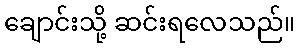
ချောင်းသို့ ဆင်းရလေသည်။